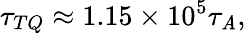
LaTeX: \tau_{TQ}\approx1.15\times10^{5}\tau_{\mathit{A}},